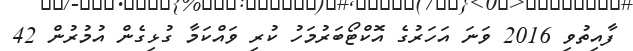
ފާއިތުވި 2016 ވަނަ އަހަރުގެ އޮކްޓޯބަރުމަހު ކުރި ވައްކަމާ ގުޅިގެން އުމުރުން 42